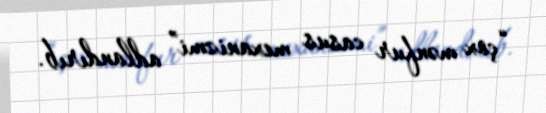
“çox mənfur casus mexanizmi” adlandırıb.